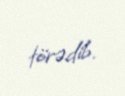
törədib.